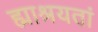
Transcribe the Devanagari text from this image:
ह्माश्रयतां